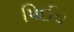
પિઈવ